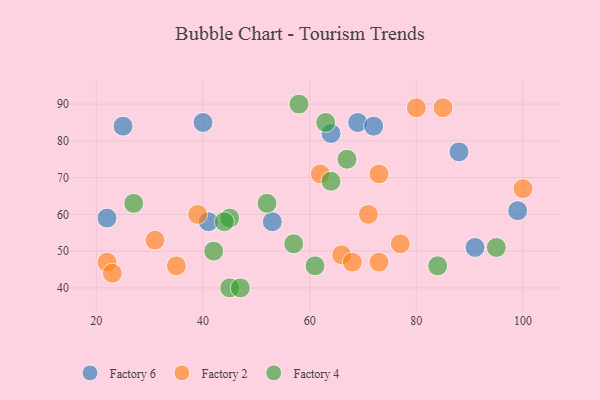
{"axis": {"x": "GDP", "y": "Life Expectancy"}, "legend": ["Factory 2", "Factory 4", "Factory 6"], "data": [{"x": "99", "y": 61, "type": "Factory 6"}, {"x": "40", "y": 85, "type": "Factory 6"}, {"x": "64", "y": 82, "type": "Factory 6"}, {"x": "91", "y": 51, "type": "Factory 6"}, {"x": "22", "y": 59, "type": "Factory 6"}, {"x": "69", "y": 85, "type": "Factory 6"}, {"x": "41", "y": 58, "type": "Factory 6"}, {"x": "72", "y": 84, "type": "Factory 6"}, {"x": "53", "y": 58, "type": "Factory 6"}, {"x": "88", "y": 77, "type": "Factory 6"}, {"x": "25", "y": 84, "type": "Factory 6"}, {"x": "80", "y": 89, "type": "Factory 2"}, {"x": "22", "y": 47, "type": "Factory 2"}, {"x": "23", "y": 44, "type": "Factory 2"}, {"x": "71", "y": 60, "type": "Factory 2"}, {"x": "62", "y": 71, "type": "Factory 2"}, {"x": "85", "y": 89, "type": "Factory 2"}, {"x": "77", "y": 52, "type": "Factory 2"}, {"x": "100", "y": 67, "type": "Factory 2"}, {"x": "73", "y": 71, "type": "Factory 2"}, {"x": "31", "y": 53, "type": "Factory 2"}, {"x": "73", "y": 47, "type": "Factory 2"}, {"x": "66", "y": 49, "type": "Factory 2"}, {"x": "39", "y": 60, "type": "Factory 2"}, {"x": "68", "y": 47, "type": "Factory 2"}, {"x": "35", "y": 46, "type": "Factory 2"}, {"x": "67", "y": 75, "type": "Factory 4"}, {"x": "84", "y": 46, "type": "Factory 4"}, {"x": "63", "y": 85, "type": "Factory 4"}, {"x": "57", "y": 52, "type": "Factory 4"}, {"x": "64", "y": 69, "type": "Factory 4"}, {"x": "45", "y": 40, "type": "Factory 4"}, {"x": "58", "y": 90, "type": "Factory 4"}, {"x": "95", "y": 51, "type": "Factory 4"}, {"x": "52", "y": 63, "type": "Factory 4"}, {"x": "45", "y": 59, "type": "Factory 4"}, {"x": "27", "y": 63, "type": "Factory 4"}, {"x": "44", "y": 58, "type": "Factory 4"}, {"x": "61", "y": 46, "type": "Factory 4"}, {"x": "42", "y": 50, "type": "Factory 4"}, {"x": "47", "y": 40, "type": "Factory 4"}]}